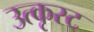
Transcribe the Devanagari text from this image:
उत्कृस्ट